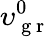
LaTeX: \upsilon_{\mathrm{~g~r~}}^{0}